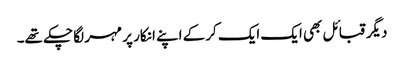
دیگر قبائل بھی ایک ایک کرکے اپنے انکار پر مہر لگا چکے تھے۔